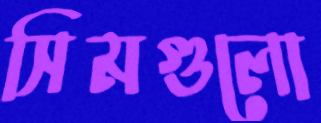
সিমগুলো